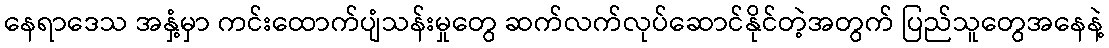
နေရာဒေသ အနှံ့မှာ ကင်းထောက်ပျံသန်းမှုတွေ ဆက်လက်လုပ်ဆောင်နိုင်တဲ့အတွက် ပြည်သူတွေအနေနဲ့